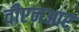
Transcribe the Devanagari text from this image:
वीएनआर